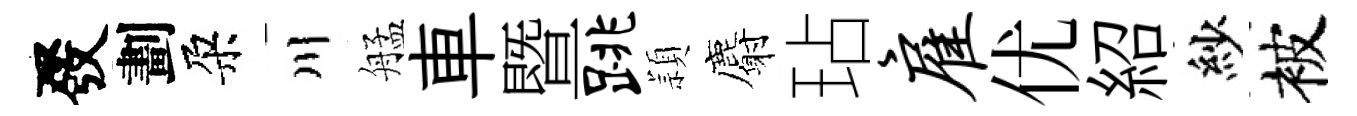
發劃朶川艋車暨跳頴麝玷雇优紹紗被